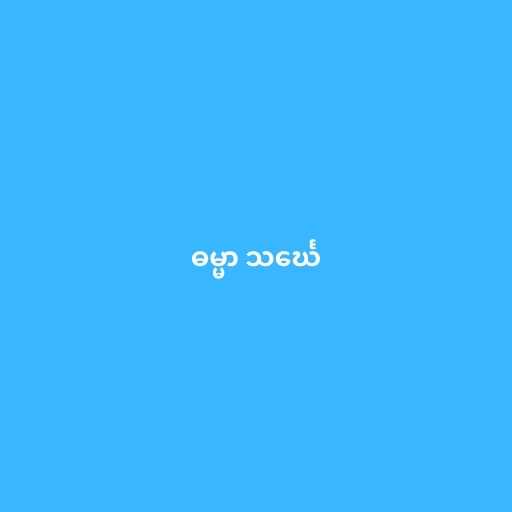
ဓမ္မာ သင်္ဃေ